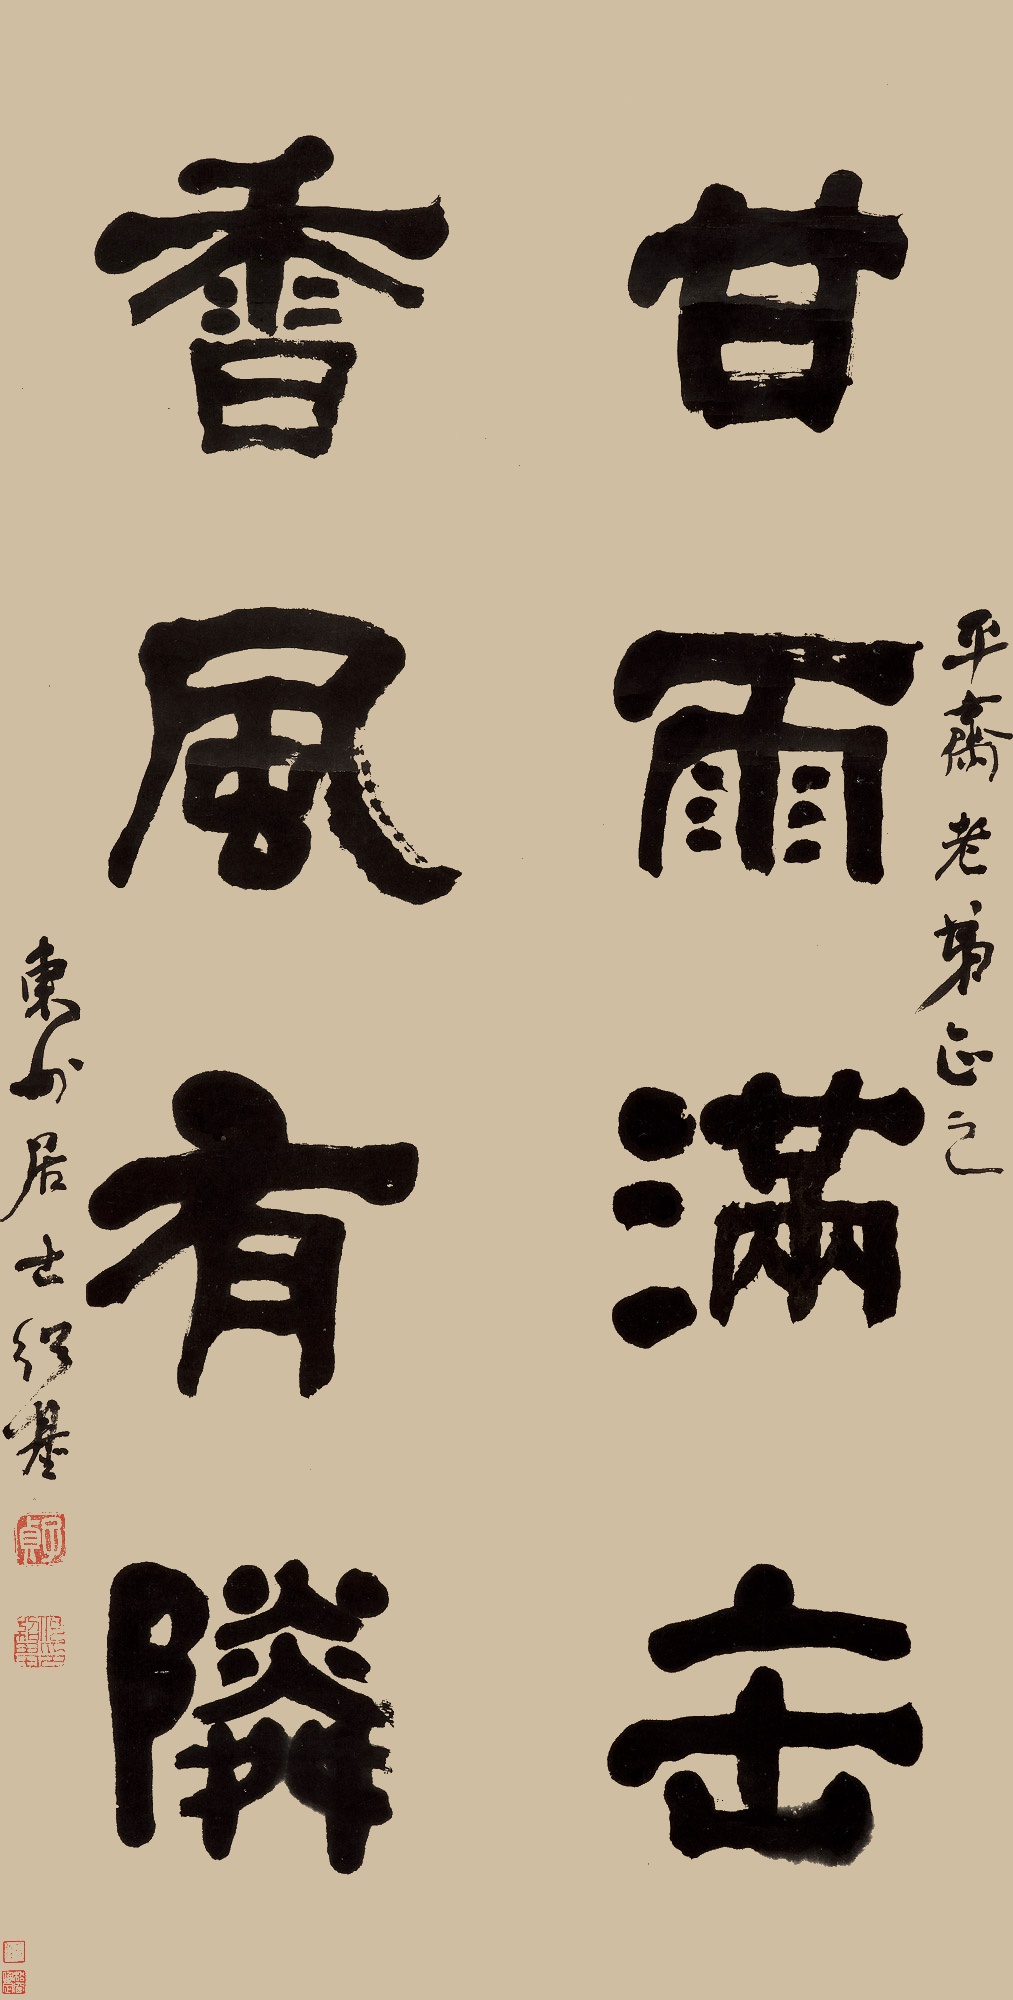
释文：甘雨满缶，香风有邻。平斋老弟正之，东洲居士绍基。